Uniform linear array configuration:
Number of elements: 24
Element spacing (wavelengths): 1
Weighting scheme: exponential
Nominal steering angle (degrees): -45
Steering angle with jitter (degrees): -46.683
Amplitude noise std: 0.05
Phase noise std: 0.05

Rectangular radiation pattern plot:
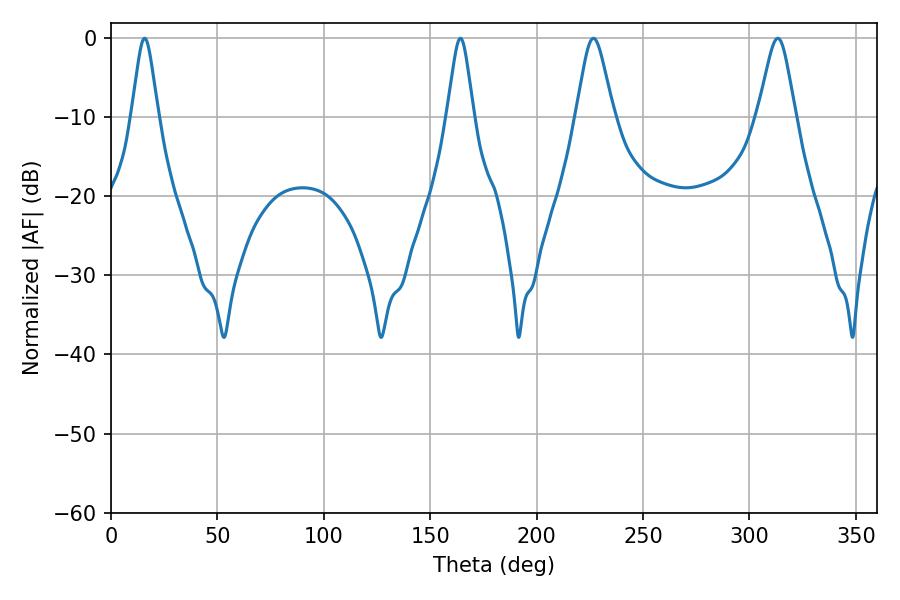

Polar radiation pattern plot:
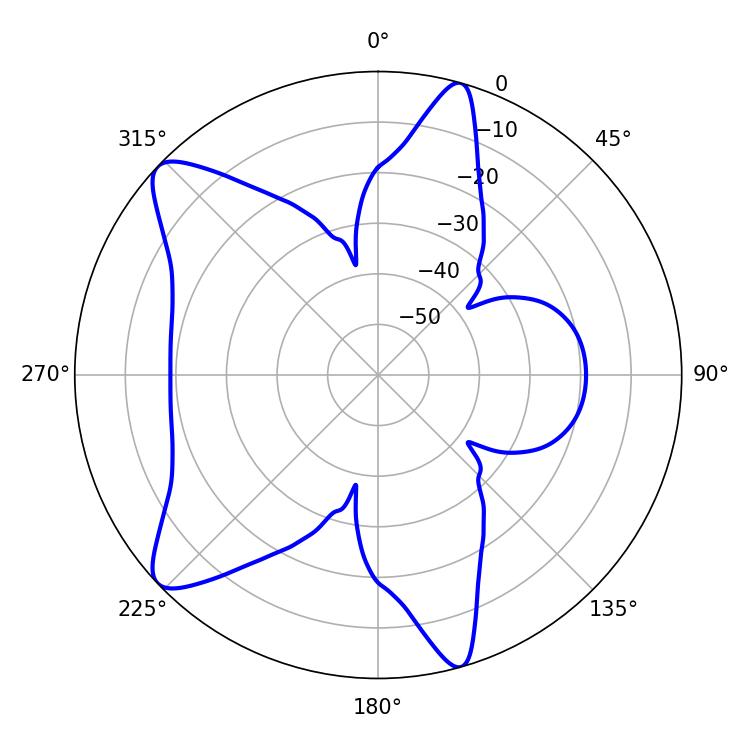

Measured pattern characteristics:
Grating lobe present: TRUE
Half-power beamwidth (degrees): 5.94
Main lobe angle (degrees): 15.84